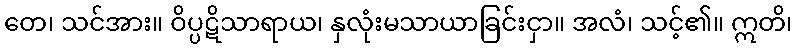
တေ၊ သင်အား။ ဝိပ္ပဋိသာရာယ၊ နှလုံးမသာယာခြင်းငှာ။ အလံ၊ သင့်၏။ ဣတိ၊